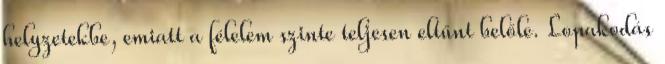
helyzetekbe, emiatt a félelem szinte teljesen eltűnt belőle. Lopakodás